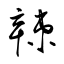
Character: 辣